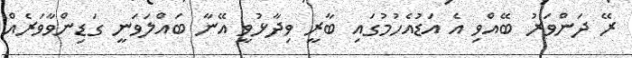
ރޭ ދަންވަރު ބޭއްވި އެ އަޑުއެހުމުގައި ބާރީ ވިދާޅުވީ އޭނާ ބައްލަވަނީ ގަޑިންވާވަރެއް